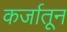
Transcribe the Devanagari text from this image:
कर्जातून